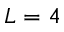
L = 4